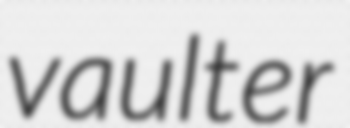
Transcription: vaulter